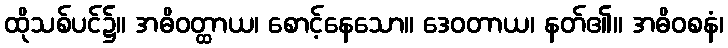
ထိုသစ်ပင်၌။ အဓိဝတ္ထာယ၊ စောင့်နေသော။ ဒေဝတာယ၊ နတ်၏။ အဓိဝစနံ၊